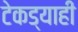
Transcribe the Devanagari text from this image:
टेकड्याही